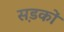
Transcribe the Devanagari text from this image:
स़डकों